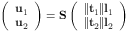
\left( \begin{array} { l } { \mathbf { u } _ { 1 } } \\ { \mathbf { u } _ { 2 } } \end{array} \right) = \mathbf { S } \left( \begin{array} { l } { \lVert \mathbf { t } _ { 1 } \rVert \mathbf { l } _ { 1 } } \\ { \lVert \mathbf { t } _ { 2 } \rVert \mathbf { l } _ { 2 } } \end{array} \right)